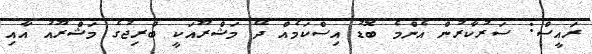
ރައީސް: ސަރުކާރުން އެންމެ ބޮޑު އިސްކަމެއް ދޭ މަޝްރޫއަކީ ބްރިޖުގެ މަޝްރޫއު އާއި